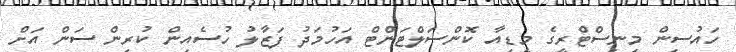
ހައުސިން މިނިސްޓްރީގެ މީޑިއާ ކޮންސަލްޓަންޓް އަހުމަދު ފަޒާލު ހުސެއިން ކުރިން ސަން އަށް